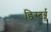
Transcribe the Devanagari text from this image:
डिस्टर्ब्ड